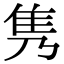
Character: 隽